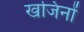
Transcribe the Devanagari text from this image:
खजिनों